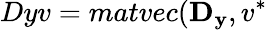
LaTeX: Dyv=matvec(\mathbf{D_{y}},v^{*}